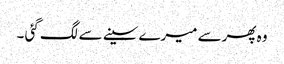
وہ پھرسے میرے سینے سے لگ گئی ۔